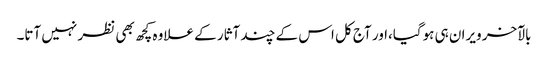
بالآخر ویران ہی ہوگیا،اور آج کل اس کے چند آثار کے علاوہ کچھ بھی نظر نہیں آتا۔